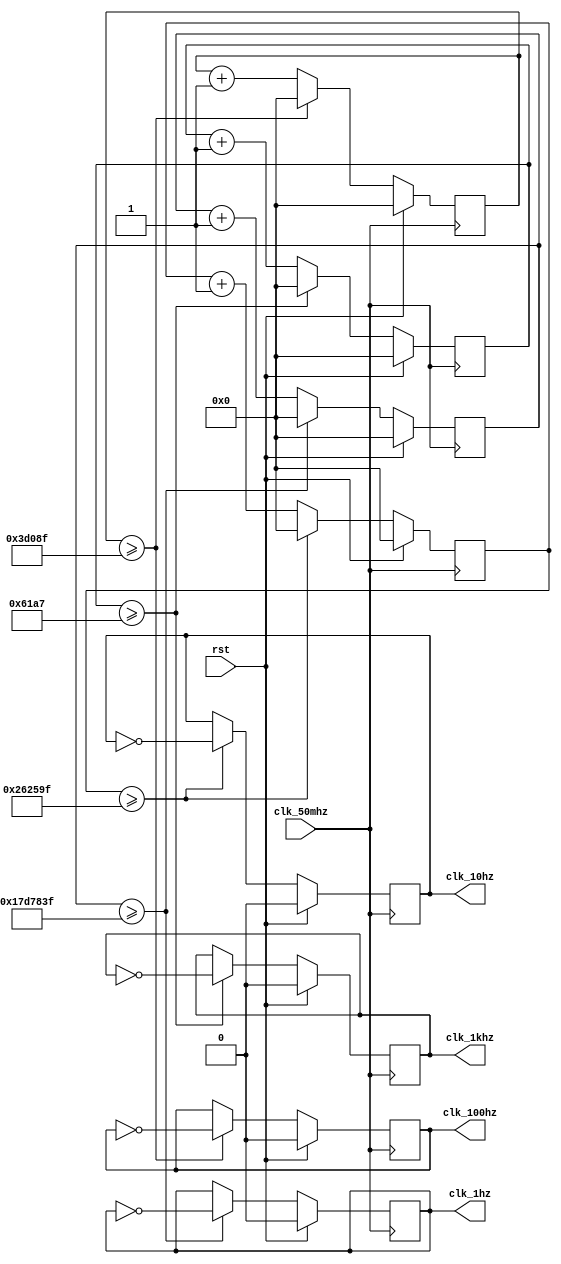
module frequency_divider(clk_50mhz,rst,clk_1khz,clk_100hz,clk_10hz,clk_1hz);
	input clk_50mhz,rst;
	output reg clk_1khz,clk_100hz,clk_10hz,clk_1hz;
	reg[31:0]cnt1,cnt2,cnt3,cnt4;
	parameter N4 = 50000,N3 = 500000,N2 = 5000000,N1 = 50000000;//
	//parameter N4 = 2,N3 = 4,N2 = 8,N1 = 16;//
	always @ (posedge clk_50mhz)
		if(rst)begin
				cnt1 <= 1'b0;
				cnt2 <= 1'b0;
				cnt3 <= 1'b0;
				cnt4 <= 1'b0;
				clk_1khz <= 1'b0;
				clk_100hz <= 1'b0;
				clk_10hz <= 1'b0;
				clk_1hz <= 1'b0;
			end
		else if(1)begin
				cnt1 <= cnt1 + 1'b1;
				cnt2 <= cnt2 + 1'b1;
				cnt3 <= cnt3 + 1'b1;
				cnt4 <= cnt4 + 1'b1;
				clk_1khz <= clk_1khz;
				clk_100hz <= clk_100hz;
				clk_10hz <= clk_10hz;
				clk_1hz <= clk_1hz;
				if(cnt4 >= N4/2-1)begin
					cnt4 <= 1'b0;
					clk_1khz <= ~clk_1khz;
					end
				if(cnt3 >= N3/2-1)begin
					cnt3 <= 1'b0;
					clk_100hz <= ~clk_100hz;
					end
				if(cnt2 >= N2/2-1)begin
					cnt2 <= 1'b0;
					clk_10hz <= ~clk_10hz;
					end
				if(cnt1 >= N1/2-1)begin
					cnt1 <= 1'b0;
					clk_1hz <= ~clk_1hz;
					end
			end
endmodule